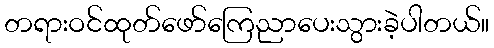
တရားဝင်ထုတ်ဖော်ကြေညာပေးသွားခဲ့ပါတယ်။